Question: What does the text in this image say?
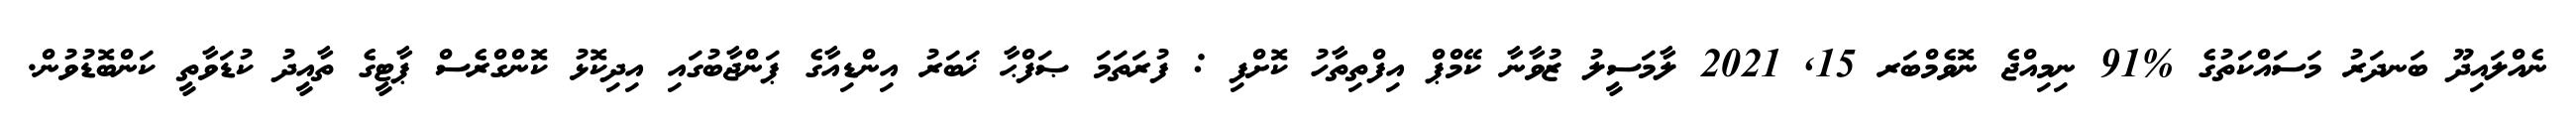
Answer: ނެއްލައިދޫ ބަނދަރު މަސައްކަތުގެ %91 ނިމިއްޖެ ނޮވެމްބަރ 15, 2021 ލާމަސީލު ޒުވާނާ ކޭމްޕް އިފްތިތާހު ކޮށްފި : ފުރަތަމަ ޞަފްޙާ ޚަބަރު އިންޑިއާގެ ޕަންޖާބުގައި އިދިކޮޅު ކޮންގްރެސް ޕާޓީގެ ތާއީދު ކުޑަވާތީ ކަންބޮޑުވުން.